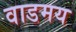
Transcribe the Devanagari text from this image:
वाडमय